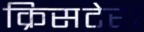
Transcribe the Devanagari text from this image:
क्रिसटेरो